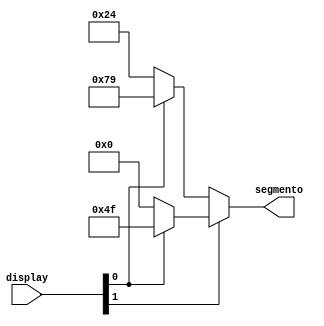
`timescale 1ns / 1ps


module display(
    input [1:0] display,
    output [6:0] segmento
    );


assign  segmento = display[1] ? (display[0] ? 'b1001111 : 'b0000000 ): (display[0] ?  'b1111001 : 'b0100100);

endmodule